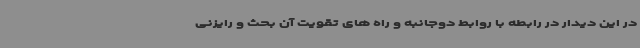
در این دیدار در رابطه با روابط دوجانبه و راه های تقویت آن بحث و رایزنی